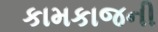
કામકાજની